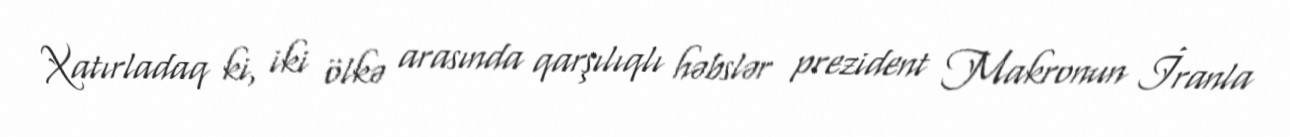
Xatırladaq ki, iki ölkə arasında qarşılıqlı həbslər prezident Makronun İranla